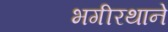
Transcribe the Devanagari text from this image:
भगीरथाने